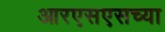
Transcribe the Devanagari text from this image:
आरएसएसच्या